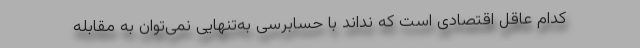
كدام عاقل اقتصادی است كه نداند با حسابرسی به‌تنهایی نمی‌توان به مقابله